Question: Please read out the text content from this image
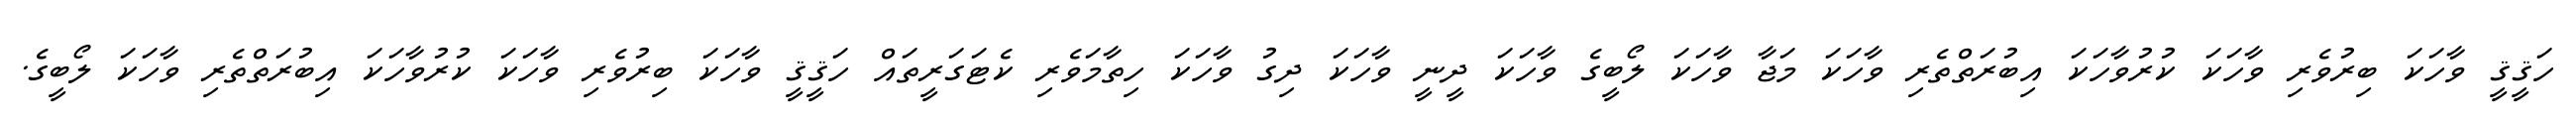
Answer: ހަޤީޤީ ވާހަކަ ބިރުވެރި ވާހަކަ ކުރުވާހަކަ އިބުރަތްތެރި ވާހަކަ މަޖާ ވާހަކަ ލޯބީގެ ވާހަކަ ދީނީ ވާހަކަ ދިގު ވާހަކަ ހިތާމަވެރި ކެޓަގަރީތައް ހަޤީޤީ ވާހަކަ ބިރުވެރި ވާހަކަ ކުރުވާހަކަ އިބުރަތްތެރި ވާހަކަ ލޯބީގެ.